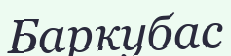
Баркубас